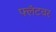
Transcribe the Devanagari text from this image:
फ्लॅटवर